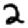
Digit: 2